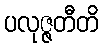
ပလုဇ္ဇတီတိ